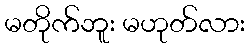
မတိုက်ဘူး မဟုတ်လား